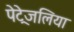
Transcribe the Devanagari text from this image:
पेट्रेजलिया